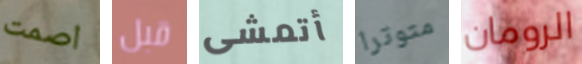
اصمت قبل أتمشى متوترا الرومان